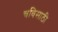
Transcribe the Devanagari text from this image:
चविसाठी